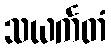
သယင်္ကတံ